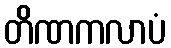
တိဏကလာပံ